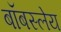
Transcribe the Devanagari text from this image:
बॉबस्लेय